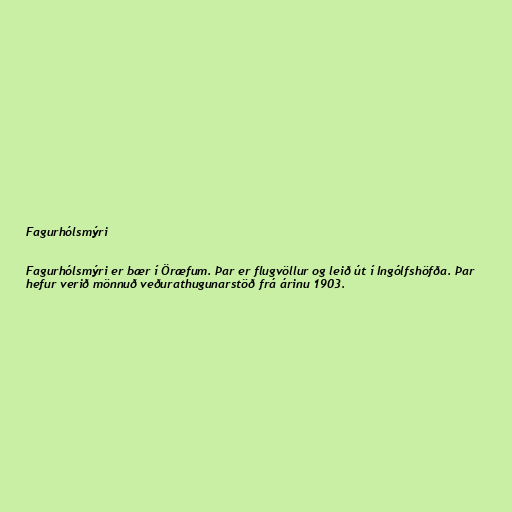
Fagurhólsmýri

Fagurhólsmýri er bær í Öræfum. Þar er flugvöllur og leið út í Ingólfshöfða. Þar
hefur verið mönnuð veðurathugunarstöð frá árinu 1903.